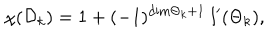
LaTeX: \chi ( { \cal D } _ { k } ) = 1 + ( - 1 ) ^ { \mathrm { d i m } { { \Theta } _ { k } } + 1 } \ l ^ { \prime } ( { { \Theta } _ { k } } ) ,